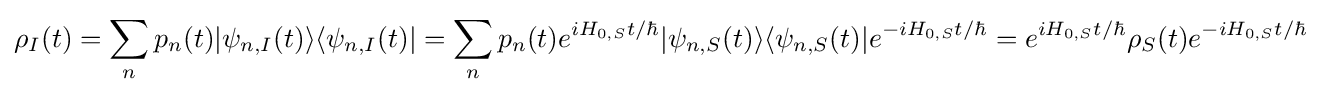
\rho _{I}(t)=\sum _{n}p_{n}(t)|\psi _{n,I}(t)\rangle \langle \psi _{n,I}(t)|=\sum _{n}p_{n}(t)e^{iH_{0,S}t/\hbar }|\psi _{n,S}(t)\rangle \langle \psi _{n,S}(t)|e^{-iH_{0,S}t/\hbar }=e^{iH_{0,S}t/\hbar }\rho _{S}(t)e^{-iH_{0,S}t/\hbar }